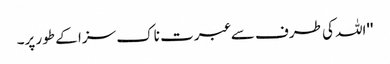
''اللہ کی طرف سے عبرت ناک سزا کے طور پر۔